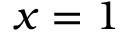
x = 1